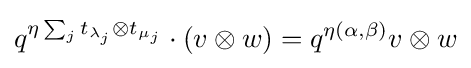
q^{\eta \sum _{j}t_{\lambda _{j}}\otimes t_{\mu _{j}}}\cdot (v\otimes w)=q^{\eta (\alpha ,\beta )}v\otimes w